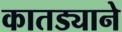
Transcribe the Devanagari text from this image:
कातड्याने